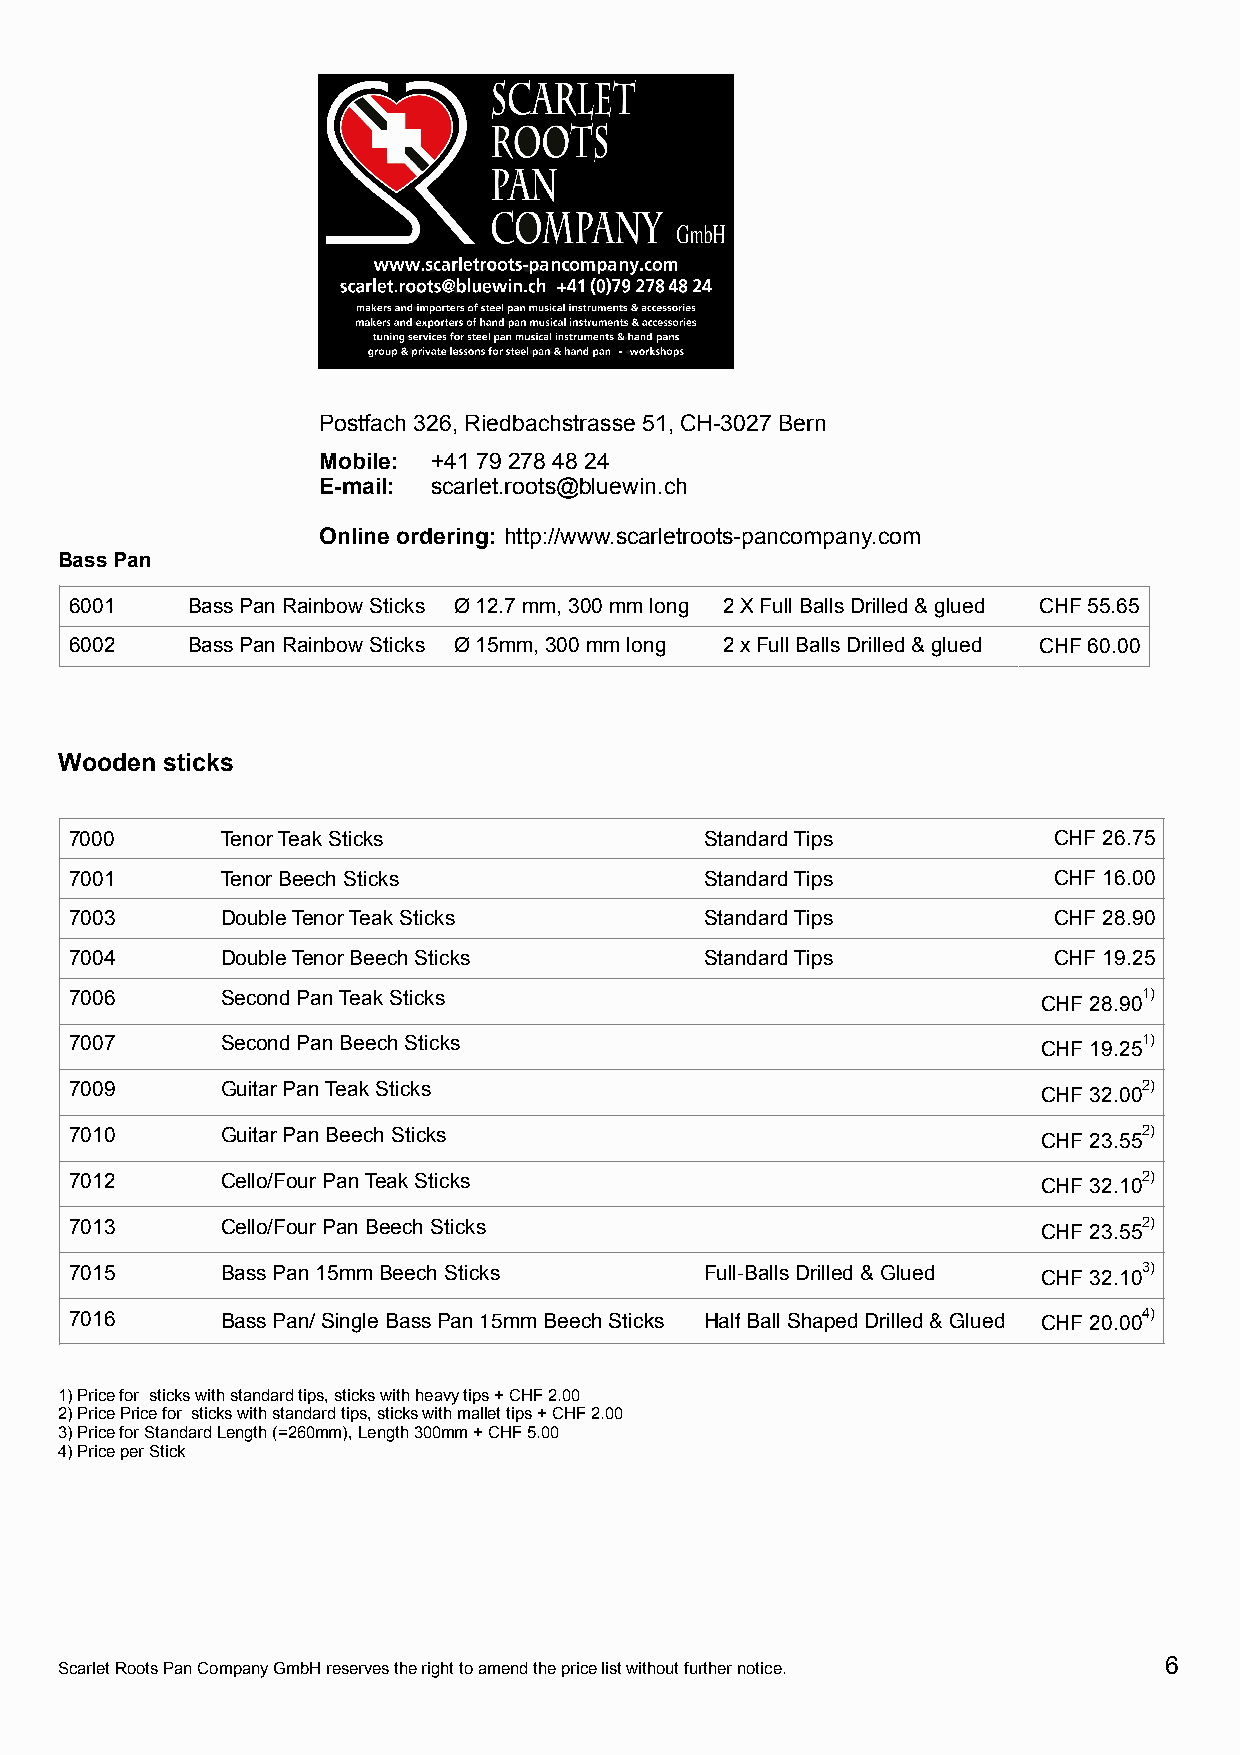
Postfach 326, Riedbachstrasse 51, CH-3027 Bern
 Mobile: +41 79 278 48 24
 E-mail: scarlet.roots@bluewin.ch
 Online ordering: http://www.scarletroots-pancompany.com
 Bass Pan
 6001   Bass Pan Rainbow Sticks Ø12.7 mm, 300 mm long 2 X Full Balls Drilled & glued CHF 55.65
 6002   Bass Pan Rainbow Sticks Ø15mm, 300 mm long 2 x Full Balls Drilled & glued CHF 60.00
 Wooden sticks
 7000      Tenor Teak Sticks               Standard Tips          CHF 26.75
 7001      Tenor Beech Sticks              Standard Tips          CHF 16.00
 7003      Double Tenor Teak Sticks        Standard Tips          CHF 28.90
 7004      Double Tenor Beech Sticks       Standard Tips          CHF 19.25
 7006      Second Pan Teak Sticks                                CHF 28.901)
 7007      Second Pan Beech Sticks                               CHF 19.251)
 7009      Guitar Pan Teak Sticks                                CHF 32.002)
 7010      Guitar Pan Beech Sticks                               CHF 23.552)
 7012      Cello/Four Pan Teak Sticks                            CHF 32.102)
 7013      Cello/Four Pan Beech Sticks                           CHF 23.552)
 7015      Bass Pan 15mm Beech Sticks      Full-Balls Drilled & Glued CHF 32.103)
 7016      Bass Pan/ Single Bass Pan 15mm Beech Sticks Half Ball Shaped Drilled & Glued CHF 20.004)
 1)Price for sticks with standard tips, sticks with heavy tips + CHF 2.00
 2)Price Price for sticks with standard tips, sticks with mallet tips + CHF 2.00
 3)Price for Standard Length (=260mm), Length 300mm + CHF 5.00
 4)Price per Stick
 6
 Scarlet Roots Pan Company GmbH reserves the right to amend the price list without further notice.